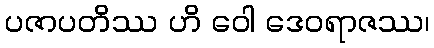
ပဇာပတိဿ ဟိ ဝေါ ဒေဝရာဇဿ၊